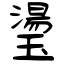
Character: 璗